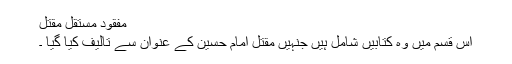
مفقود مستقل مقتل
اس قسم میں وہ کتابیں شامل ہیں جنہیں مقتل امام حسین کے عنوان سے تالیف کیا گیا ۔